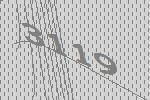
3119